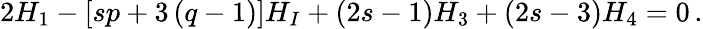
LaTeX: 2H_{1}-\left[sp+3\left(q-1\right)\right]H_{I}+\left(2s-1\right)H_{3}+\left(2s-3\right)H_{4}=0\, .